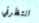
انتظرني